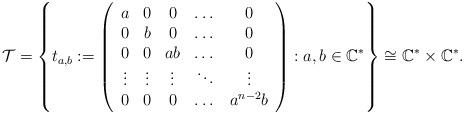
LaTeX: \begin{align*}\mathcal{T}=\left\{t_{a,b}:=\left(\begin{array}{ccccc}a&0&0&\dots&0\\0&b&0&\dots&0\\0&0&ab&\dots&0\\\vdots&\vdots&\vdots&\ddots&\vdots\\0&0&0&\dots&a^{n-2}b\end{array}\right):a,b\in \mathbb{C}^{*}\right\} \cong \mathbb{C}^{*} \times \mathbb{C}^{*}.\end{align*}